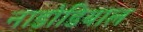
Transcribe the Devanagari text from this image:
नाडोडियाल